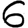
Digit: 6